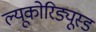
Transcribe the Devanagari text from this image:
ल्यूकोरिड्यूस्ड